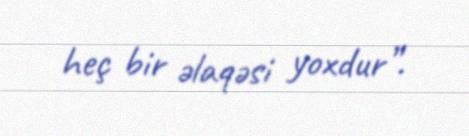
heç bir əlaqəsi yoxdur”.